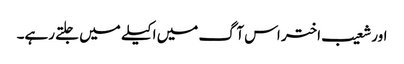
اور شعیب اختر اس آگ میں اکیلے میں جلتے رہے۔